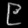
Digit: ၉